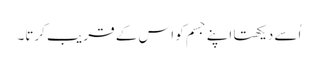
اُسے دیکھتا اپنے جسم کو اس کے قر یب کرتا۔